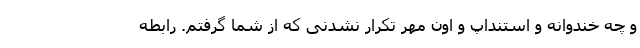
و چه خندوانه و استنداپ و اون مهر تکرار نشدنی که از شما گرفتم. رابطه